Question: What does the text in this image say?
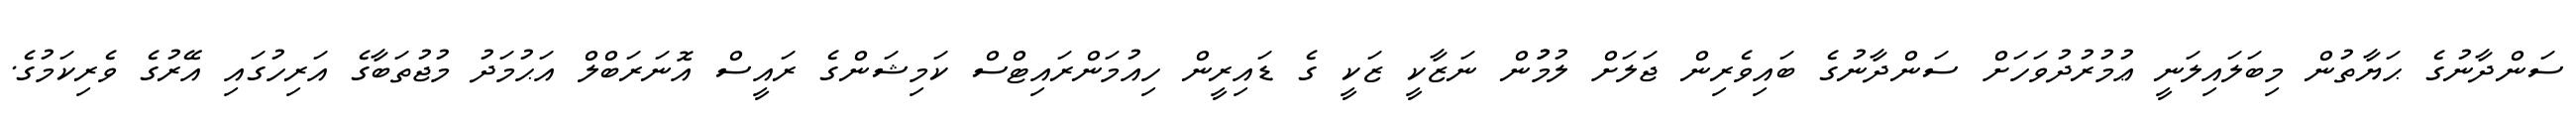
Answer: ސަންދާނުގެ ޙަޔާތުން މިބަލައިލަނީ ޢުމުރުދުވަހަށް ސަންދާނުގެ ބައިވެރިން ޖަލަށް ލުމުުން ނަޒާކީ ޒަކީ ގެ ޑައިރީން ހިއުމަންރައިޓްސް ކަމިޝަންގެ ރައީސް އޮނަރަބްލް އަޙުމަދު މުޖުތަބާގެ އަރިހުގައި އޭރުގެ ވެރިކަމުގެ.